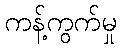
ကန့်ကွက်မှု